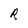
Character: R